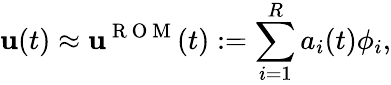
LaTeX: \mathbf{u}(t)\approx\mathbf{u}^{\mathrm{~R~O~M~}}(t):=\sum_{i=1}^{R}a_{i}(t)\phi_{i},